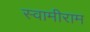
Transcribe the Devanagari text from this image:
स्वामीराम